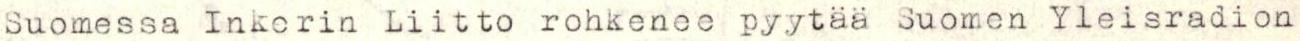
Suomessa Inkerin Liitto rohkenee pyytää Suomen Yleisradion